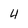
Character: 4